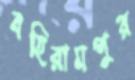
বহিরামপুর